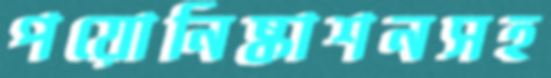
পয়োনিষ্কাশনসহ